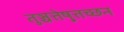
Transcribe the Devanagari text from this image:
तुञ्चत्तेष़ुत्तच्छन